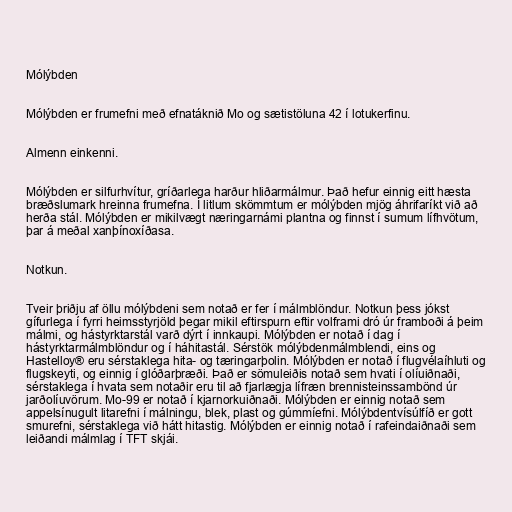
Mólýbden

Mólýbden er frumefni með efnatáknið Mo og sætistöluna 42 í lotukerfinu.

Almenn einkenni.

Mólýbden er silfurhvítur, gríðarlega harður hliðarmálmur. Það hefur einnig eitt hæsta
bræðslumark hreinna frumefna. Í litlum skömmtum er mólýbden mjög áhrifaríkt við að
herða stál. Mólýbden er mikilvægt næringarnámi plantna og finnst í sumum lífhvötum,
þar á meðal xanþínoxíðasa.

Notkun.

Tveir þriðju af öllu mólýbdeni sem notað er fer í málmblöndur. Notkun þess jókst
gífurlega í fyrri heimsstyrjöld þegar mikil eftirspurn eftir volframi dró úr framboði á þeim
málmi, og hástyrktarstál varð dýrt í innkaupi. Mólýbden er notað í dag í
hástyrktarmálmblöndur og í háhitastál. Sérstök mólýbdenmálmblendi, eins og
Hastelloy® eru sérstaklega hita- og tæringarþolin. Mólýbden er notað í flugvélaíhluti og
flugskeyti, og einnig í glóðarþræði. Það er sömuleiðis notað sem hvati í olíuiðnaði,
sérstaklega í hvata sem notaðir eru til að fjarlægja lífræn brennisteinssambönd úr
jarðolíuvörum. Mo-99 er notað í kjarnorkuiðnaði. Mólýbden er einnig notað sem
appelsínugult litarefni í málningu, blek, plast og gúmmíefni. Mólýbdentvísúlfíð er gott
smurefni, sérstaklega við hátt hitastig. Mólýbden er einnig notað í rafeindaiðnaði sem
leiðandi málmlag í TFT skjái.